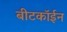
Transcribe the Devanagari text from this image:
बीटकॉईन